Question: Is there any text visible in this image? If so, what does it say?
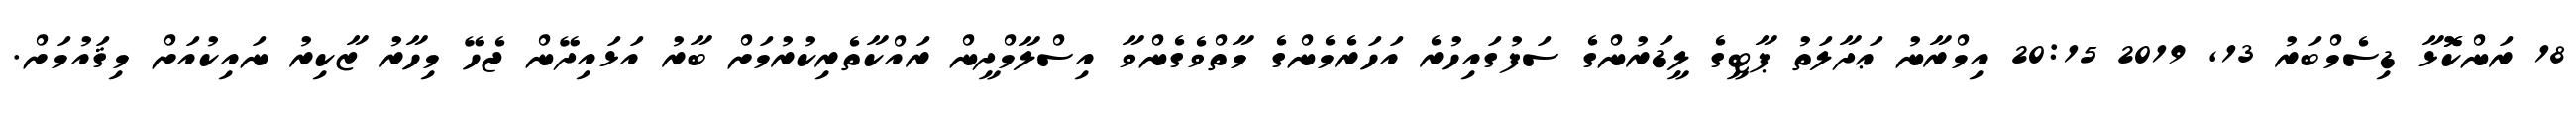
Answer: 18 ރަންކޮޮޅާ ޑިސެމްބަރު 13, 2019 20:15 އިމްރާނު ޢަދާލަތު ޕާޓީގެ ލީޑަރުންގެ ސަފުގައިހުރެ އަހަރެމެންގެ މާތްވެގެންވާ އިސްލާމްދީން ރައްކާތެރިކުރުމަށް ބާރު އަޅައިދޭން ޖެހޭ މިހާރު ޒާކިރު ނައިކުއަށް މިޤައުމަށް.